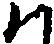
ハ